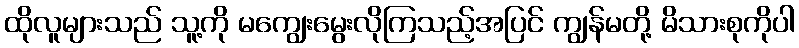
ထိုလူများသည် သူ့ကို မကျွေးမွေးလိုကြသည့်အပြင် ကျွန်မတို့ မိသားစုကိုပါ